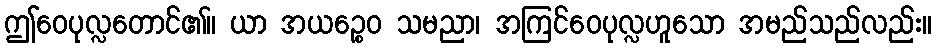
ဤဝေပုလ္လတောင်၏။ ယာ အယဉ္စေဝ သမညာ၊ အကြင်ဝေပုလ္လဟူသော အမည်သည်လည်း။